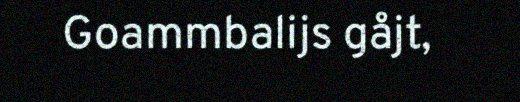
Goammbalijs gåjt,